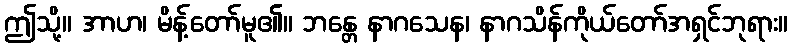
ဤသို့။ အာဟ၊ မိန့်တော်မူ၏။ ဘန္တေ နာဂသေန၊ နာဂသိန်ကိုယ်တော်အရှင်ဘုရား။